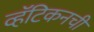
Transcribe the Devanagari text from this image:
व्हॅटिकनची